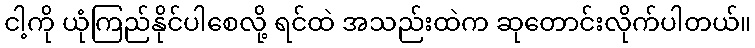
ငါ့ကို ယုံကြည်နိုင်ပါစေလို့ ရင်ထဲ အသည်းထဲက ဆုတောင်းလိုက်ပါတယ်။